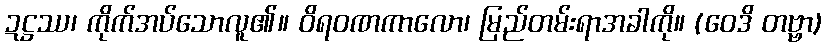
ဍဋ္ဌဿ၊ ကိုက်အပ်သောလူ၏။ ဝိရဝဏကာလော၊ မြည်တမ်းရာအခါကို။ (ဝေဒိ တဗ္ဗာ)